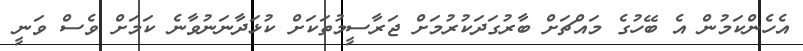
އެހެންކަމުން އެ ބޭހުގެ މައްޗަށް ބާރުގަދަކުރުމަށް ޖަރާސީމުތަކަށް ކުޅަދާނަނުވާނެ ކަމަށް ވެސް ވަނީ